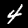
Digit: 4